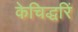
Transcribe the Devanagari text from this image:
केचिद्धरिं